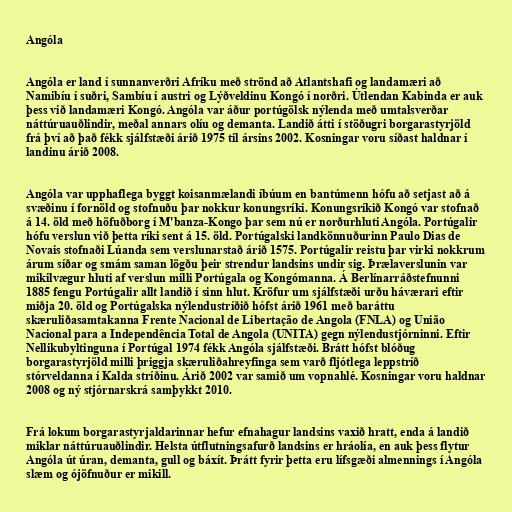
Angóla

Angóla er land í sunnanverðri Afríku með strönd að Atlantshafi og landamæri að
Namibíu í suðri, Sambíu í austri og Lýðveldinu Kongó í norðri. Útlendan Kabinda er auk
þess við landamæri Kongó. Angóla var áður portúgölsk nýlenda með umtalsverðar
náttúruauðlindir, meðal annars olíu og demanta. Landið átti í stöðugri borgarastyrjöld
frá því að það fékk sjálfstæði árið 1975 til ársins 2002. Kosningar voru síðast haldnar í
landinu árið 2008.

Angóla var upphaflega byggt koisanmælandi íbúum en bantúmenn hófu að setjast að á
svæðinu í fornöld og stofnuðu þar nokkur konungsríki. Konungsríkið Kongó var stofnað
á 14. öld með höfuðborg í M'banza-Kongo þar sem nú er norðurhluti Angóla. Portúgalir
hófu verslun við þetta ríki sent á 15. öld. Portúgalski landkönnuðurinn Paulo Dias de
Novais stofnaði Lúanda sem verslunarstað árið 1575. Portúgalir reistu þar virki nokkrum
árum síðar og smám saman lögðu þeir strendur landsins undir sig. Þrælaverslunin var
mikilvægur hluti af verslun milli Portúgala og Kongómanna. Á Berlínarráðstefnunni
1885 fengu Portúgalir allt landið í sinn hlut. Kröfur um sjálfstæði urðu háværari eftir
miðja 20. öld og Portúgalska nýlendustríðið hófst árið 1961 með baráttu
skæruliðasamtakanna Frente Nacional de Libertação de Angola (FNLA) og União
Nacional para a Independência Total de Angola (UNITA) gegn nýlendustjórninni. Eftir
Nellikubyltinguna í Portúgal 1974 fékk Angóla sjálfstæði. Brátt hófst blóðug
borgarastyrjöld milli þriggja skæruliðahreyfinga sem varð fljótlega leppstríð
stórveldanna í Kalda stríðinu. Árið 2002 var samið um vopnahlé. Kosningar voru haldnar
2008 og ný stjórnarskrá samþykkt 2010.

Frá lokum borgarastyrjaldarinnar hefur efnahagur landsins vaxið hratt, enda á landið
miklar náttúruauðlindir. Helsta útflutningsafurð landsins er hráolía, en auk þess flytur
Angóla út úran, demanta, gull og báxít. Þrátt fyrir þetta eru lífsgæði almennings í Angóla
slæm og ójöfnuður er mikill.